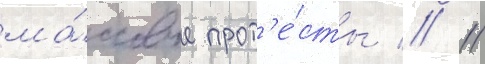
ма́ссовые прот'е́сты // 11